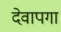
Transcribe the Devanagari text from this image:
देवापगा